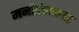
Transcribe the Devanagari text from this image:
मनोरंजनात